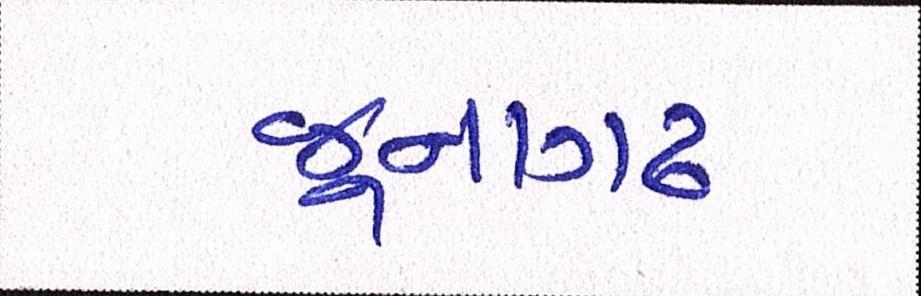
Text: જૂનાગઢ